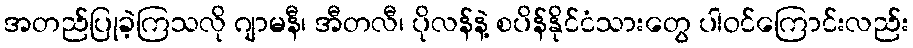
အတည်ပြုခဲ့ကြသလို ဂျာမနီ၊ အီတလီ၊ ပိုလန်နဲ့ စပိန်နိုင်ငံသားတွေ ပါဝင်ကြောင်းလည်း